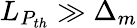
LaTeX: L_{P_{th}}\gg\Delta_{m}